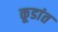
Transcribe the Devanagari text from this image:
कूडांत